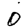
Digit: 0